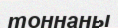
тоннаны